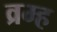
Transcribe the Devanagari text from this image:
व्रम्ह